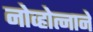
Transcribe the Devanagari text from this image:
नोव्होत्नाने